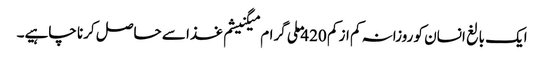
ایک بالغ انسان کو روزانہ کم از کم 420 ملی گرام میگنیشم غذا سے حاصل کرنا چاہیے۔